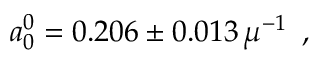
a _ { 0 } ^ { 0 } = 0 . 2 0 6 \pm 0 . 0 1 3 \, \mu ^ { - 1 } \enspace ,